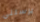
يرسلني